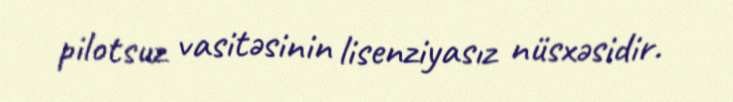
pilotsuz vasitəsinin lisenziyasız nüsxəsidir.